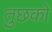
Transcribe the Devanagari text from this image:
तुछको